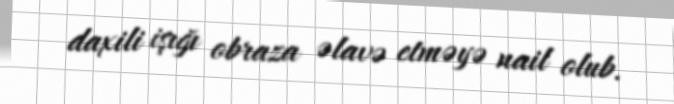
daxili işığı obraza əlavə etməyə nail olub.